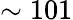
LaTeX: \sim 101